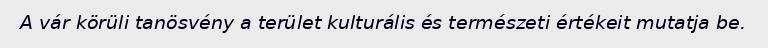
A vár körüli tanösvény a terület kulturális és természeti értékeit mutatja be.